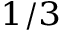
{ } ^ { 1 / 3 }